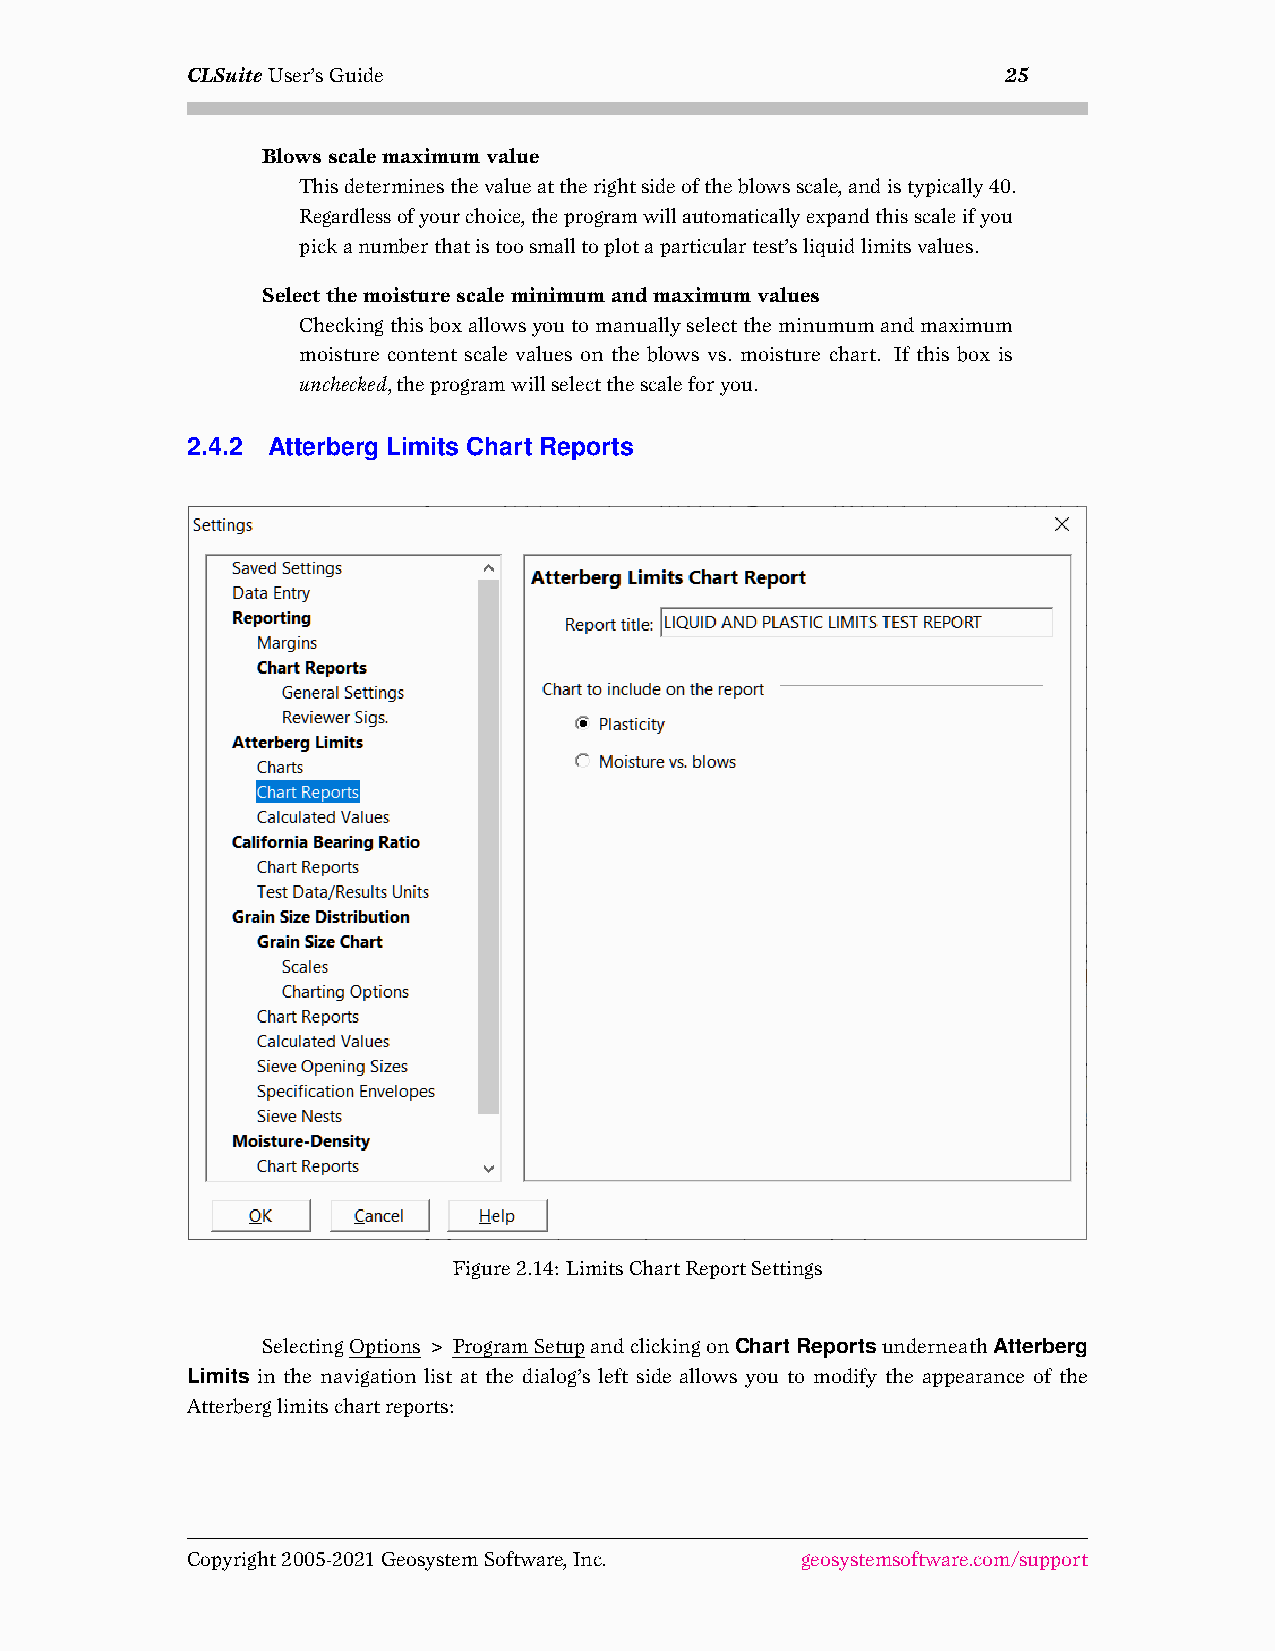
CLSuiteUser’sGuide                                     25
 Blowsscalemaximumvalue
 Thisdeterminesthevalueattherightsideoftheblowsscale,andistypically40.
 Regardlessofyourchoice,theprogramwillautomaticallyexpandthisscaleifyou
 pickanumberthatistoosmalltoplotaparticulartest’sliquidlimitsvalues.
 Selectthemoisturescaleminimumandmaximumvalues
 Checkingthisboxallowsyoutomanuallyselecttheminumumandmaximum
 moisture content scale values on the blows vs. moisture chart. If this box is
 unchecked,theprogramwillselectthescaleforyou.
 2.4.2 Atterberg Limits Chart Reports
 Figure2.14: LimitsChartReportSettings
 SelectingOptions>ProgramSetupandclickingonChartReportsunderneathAtterberg
 Limits in the navigation list at the dialog’s left side allows you to modify the appearance of the
 Atterberglimitschartreports:
 Copyright2005-2021GeosystemSoftware,Inc. geosystemsoftware.com/support